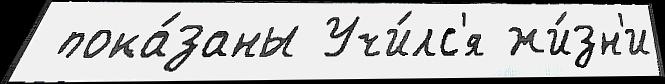
 пока́заны Учи́лс'я жи́зн'и